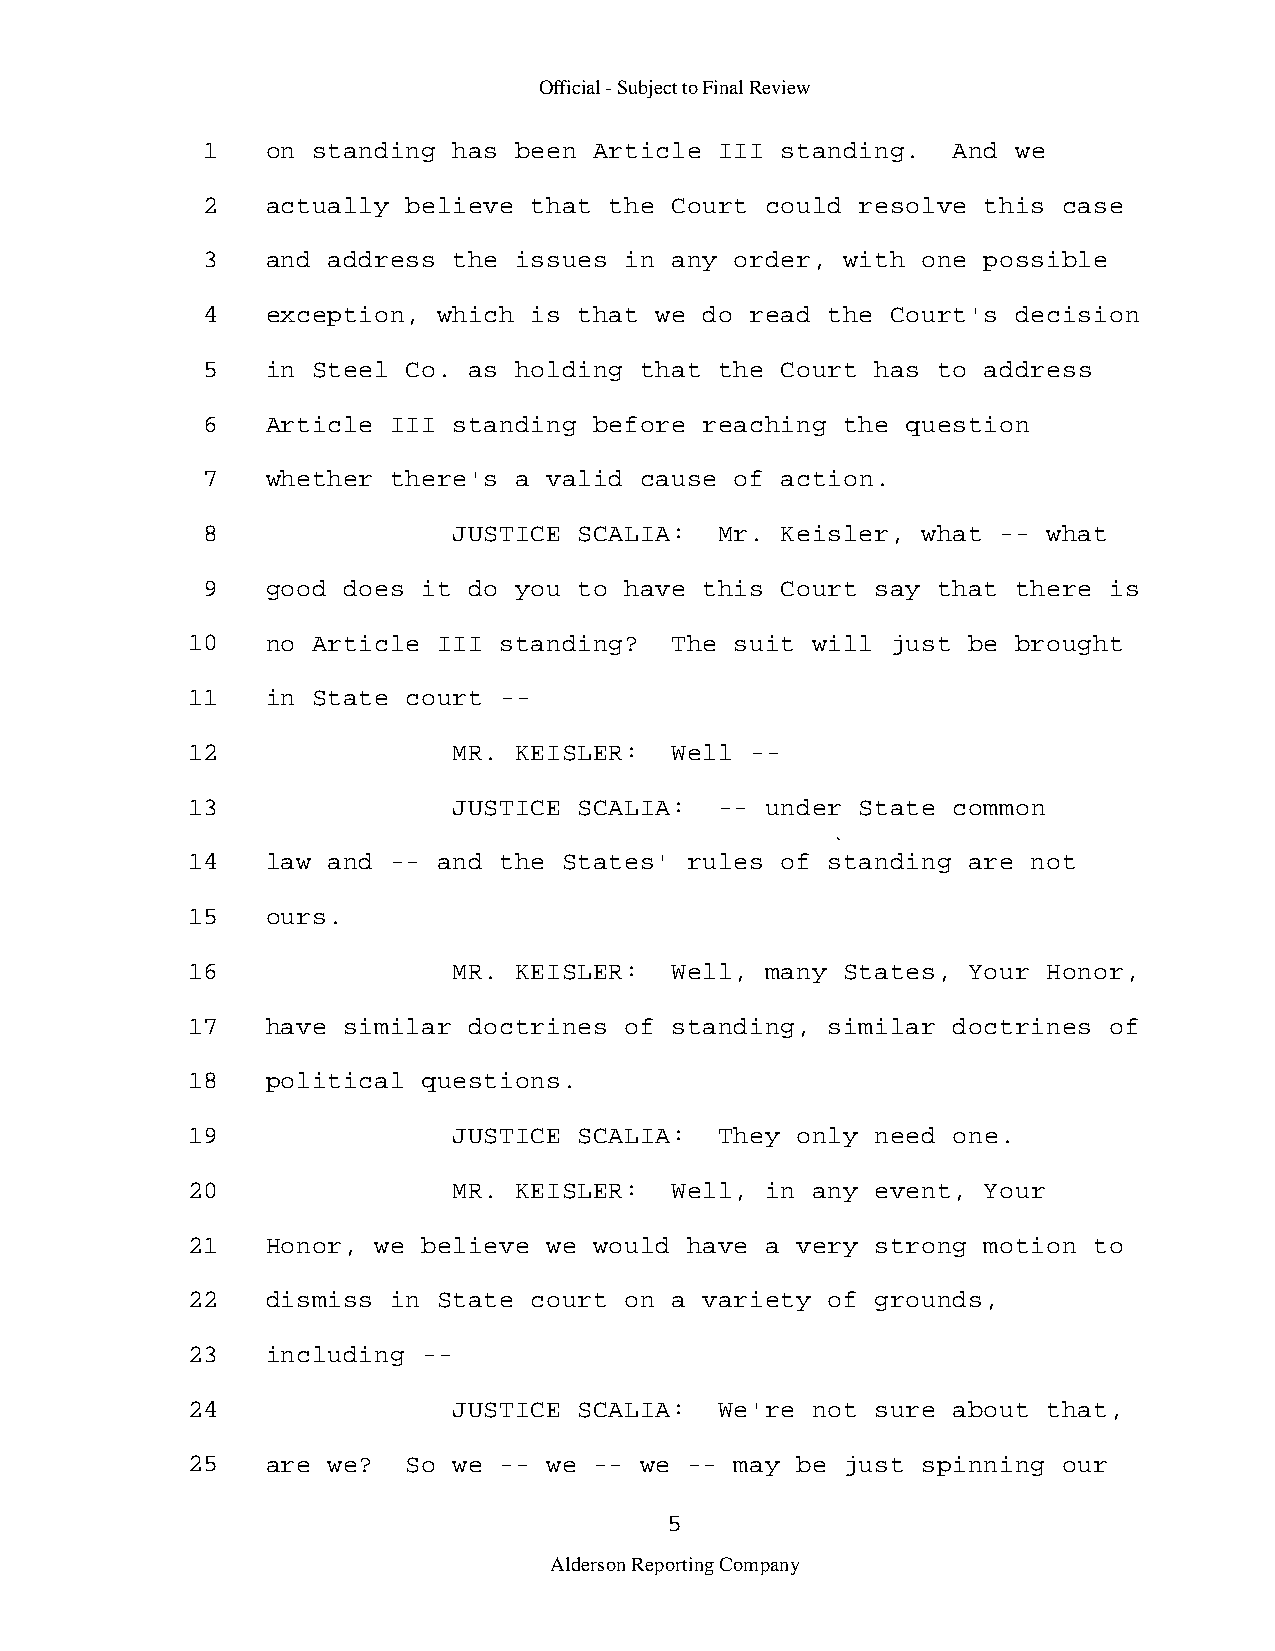
Official - Subject to Final Review
 1    on standing has been Article  III standing.  And we
 2    actually believe that the Court  could resolve this case
 3    and address the issues in any  order, with one possible
 4    exception, which is that we  do read the Court's decision
 5    in Steel Co. as holding that  the Court has to address
 6    Article III standing before  reaching the question
 7    whether there's a valid cause  of action.
 8                JUSTICE SCALIA:   Mr. Keisler, what -- what
 9    good does it do you to have  this Court say that there is
 10    no Article III standing?  The  suit will just be brought
 11    in State court -­
 12                MR. KEISLER:  Well  -­
 13                JUSTICE SCALIA:   -- under State common
 14    law and -- and the States'  rules of standing are not
 15    ours.
 16                MR. KEISLER:  Well,  many States, Your Honor,
 17    have similar doctrines of standing,  similar doctrines of
 18    political questions.
 19                JUSTICE SCALIA:   They only need one.
 20                MR. KEISLER:  Well,  in any event, Your
 21    Honor, we believe we would  have a very strong motion to
 22    dismiss in State court on a  variety of grounds,
 23    including -­
 24                JUSTICE SCALIA:   We're not sure about that,
 25    are we?  So we -- we -- we  -- may be just spinning our
 5
 Alderson Reporting Company